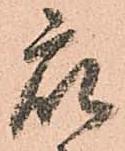
衆